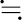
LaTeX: \fallingdotseq